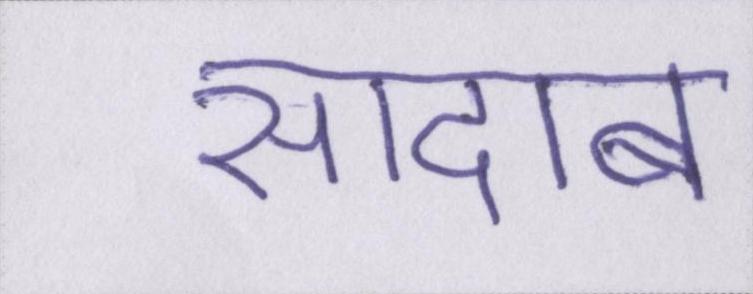
सादाब